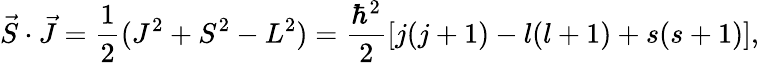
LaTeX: {\vec{S}}\cdot{\vec{J}}={\frac{1}{2}}(J^{2}+S^{2}-L^{2})={\frac{\hbar^{2}}{2}}[j(j+1)-l(l+1)+s(s+1)],